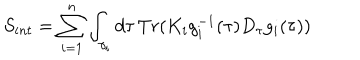
LaTeX: S _ { i n t } = \sum _ { i = 1 } ^ { n } \int _ { \gamma _ { i } } d \tau \, T r ( K _ { i } g _ { i } ^ { - 1 } ( \tau ) D _ { \tau } g _ { i } ( \tau ) )